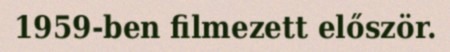
1959-ben filmezett először.